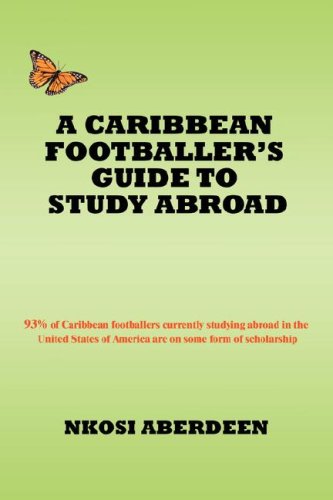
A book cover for A CARIBBEAN FOOTBALLER'S GUIDE TO STUDY ABROAD: 93% of Caribbean footballers currently studying abroad in the United States of America are on some form of scholarship; Nkosi Aberdeen; Teen & Young Adult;